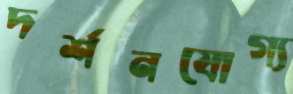
দর্শনযোগ্য